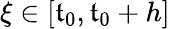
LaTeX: \xi\in[\mathfrak{t}_{0},\mathfrak{t}_{0}+h]